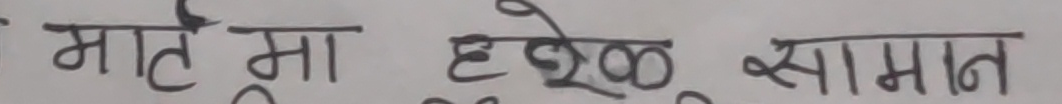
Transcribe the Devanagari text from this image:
माते मा हेळू सामान